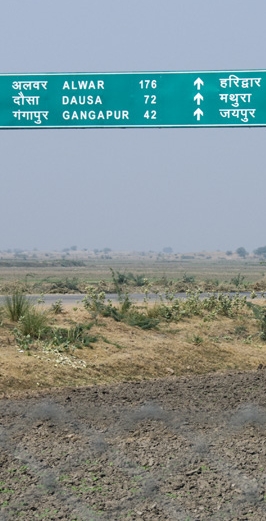
Language: hindi
Transcription: जयपुर अलवर दौसा गंगापुर हरिद्वार मथुरा